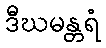
ဒီဃမန္တရံ